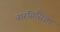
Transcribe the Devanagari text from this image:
नारसिसिज्म